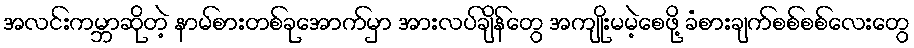
အလင်းကမ္ဘာဆိုတဲ့ နာမ်စားတစ်ခုအောက်မှာ အားလပ်ချိန်တွေ အကျိုးမမဲ့စေဖို့ ခံစားချက်စစ်စစ်လေးတွေ